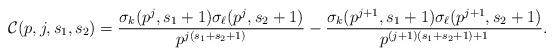
LaTeX: \begin{align*} \mathcal{C}(p,j,s_1,s_2) = \frac{\sigma_{k}(p^j,s_1+1) \sigma_{\ell}(p^j,s_2+1)} {p^{j(s_1+s_2+1)}} - \frac{\sigma_{k}(p^{j+1},s_1+1) \sigma_{\ell}(p^{j+1},s_2+1)}{p^{(j+1)(s_1+s_2+1)+1}}.\end{align*}